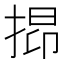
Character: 𢯤